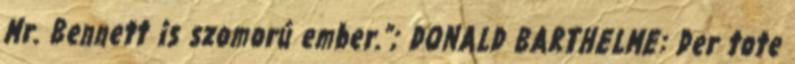
Mr. Bennett is szomorú ember.”; DONALD BARTHELME: Der tote